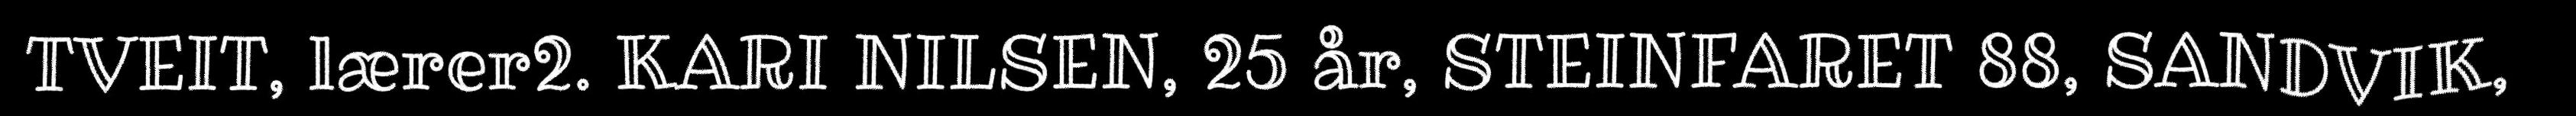
TVEIT, lærer2. KARI NILSEN, 25 år, STEINFARET 88, SANDVIK,